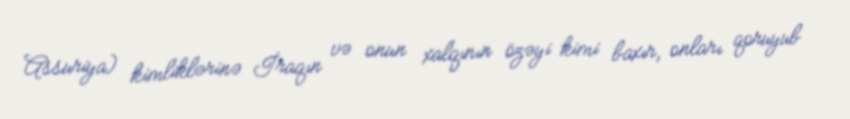
Assuriya) kimliklərinə İraqın və onun xalqının özəyi kimi baxır, onları qoruyub